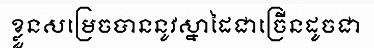
ខ្លួនសម្រេចបាននូវស្នាដៃជាច្រើនដូចជា